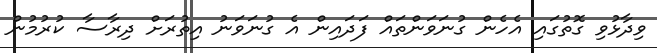
ވިދާޅުވި ގޮތުގައި އެހެން ގުނަވަންތައް ފަދައިން އެ ގުނަވަނު އިތުރަށް ދިރާސާ ކުރުމުން